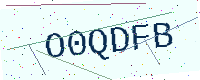
Text: O0QDFB